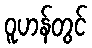
ဝူဟန်တွင်